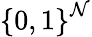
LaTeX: \left\{ 0,1\right\} ^{\mathcal{N}}